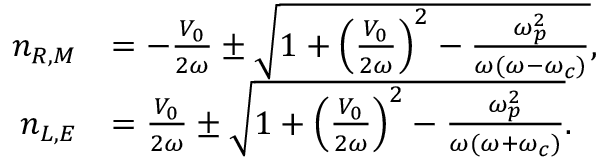
\begin{array} { r l } { n _ { R , M } } & { = - \frac { V _ { 0 } } { 2 \omega } \pm \sqrt { 1 + \left( \frac { V _ { 0 } } { 2 \omega } \right) ^ { 2 } - \frac { \omega _ { p } ^ { 2 } } { \omega ( \omega - \omega _ { c } ) } } , } \\ { n _ { L , E } } & { = \frac { V _ { 0 } } { 2 \omega } \pm \sqrt { 1 + \left( \frac { V _ { 0 } } { 2 \omega } \right) ^ { 2 } - \frac { \omega _ { p } ^ { 2 } } { \omega ( \omega + \omega _ { c } ) } } . } \end{array}